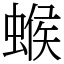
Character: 䗔